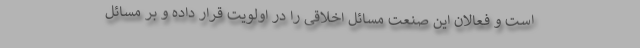
است و فعالان این صنعت مسائل اخلاقی را در اولویت قرار داده و بر مسائل